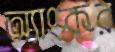
অ্যাংকর